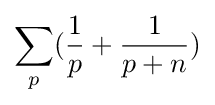
{\sum \limits _{p}({\frac {1}{p}}+{\frac {1}{p+n}})}